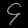
Digit: ၄